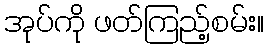
အုပ်ကို ဖတ်ကြည့်စမ်း။